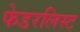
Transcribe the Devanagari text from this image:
फेडरलिस्ट